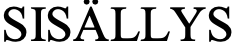
SISÄLLYS